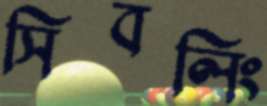
সিবলিং